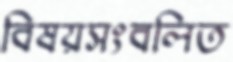
বিষয়সংবলিত